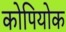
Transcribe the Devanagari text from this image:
कोपियोक